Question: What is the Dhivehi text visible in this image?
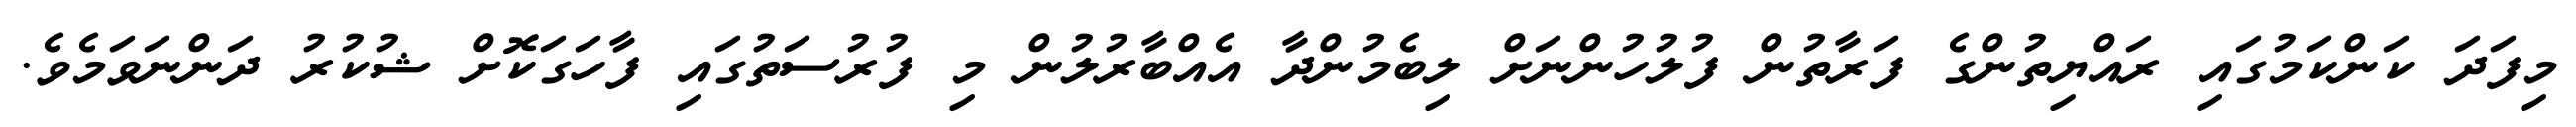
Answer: މިފަދަ ކަންކަމުގައި ރައްޔިތުންގެ ފަރާތުން ފުލުހުންނަށް ލިބެމުންދާ އެއްބާރުލުން މި ފުރުސަތުގައި ފާހަގަކޮށް ޝުކުރު ދަންނަވަމެވެ.